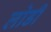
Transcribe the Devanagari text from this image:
लोडी